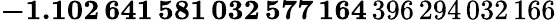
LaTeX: \mathbf{-1.102\, 641\, 581\, 032\, 577\, 164}\, 396\, 294\, 032\, 166